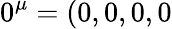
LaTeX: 0^{\mu}=(0,0,0,0